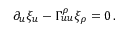
\partial _ { u } \xi _ { u } - \Gamma _ { u u } ^ { \rho } \xi _ { \rho } = 0 \, .